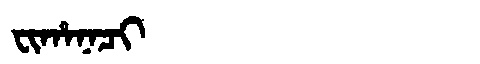
Manchu: ᠸᡳᡥᠠᠨᠠᠴᡳ
Romanization: FIHANACI